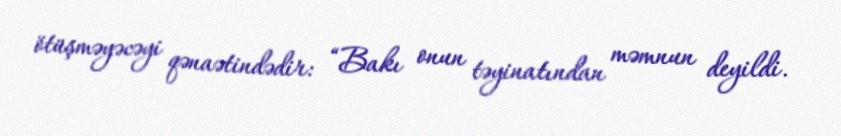
ötüşməyəcəyi qənaətindədir: “Bakı onun təyinatından məmnun deyildi.